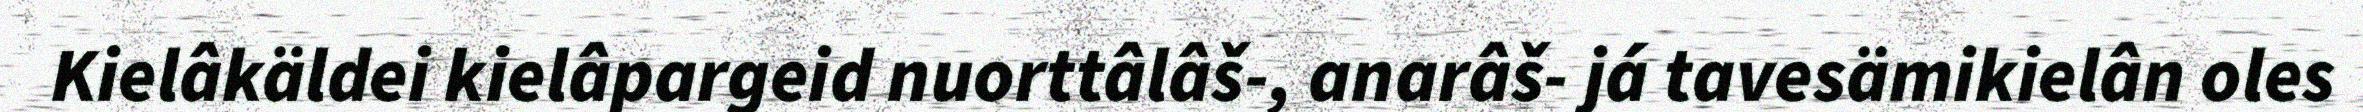
Kielâkäldei kielâpargeid nuorttâlâš-, anarâš- já tavesämikielân oles